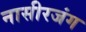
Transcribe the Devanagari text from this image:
नासीरजंग